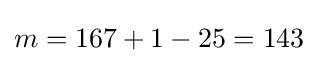
m=167+1-25=143